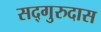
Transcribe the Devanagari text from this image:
सद्‌गुरुदास